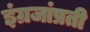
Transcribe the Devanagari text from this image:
इंग्रजांप्रती